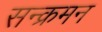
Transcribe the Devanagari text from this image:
सन्क्रमन